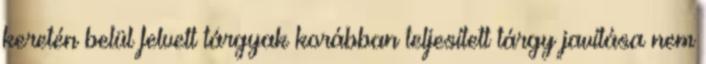
keretén belül felvett tárgyak korábban teljesített tárgy javítása nem